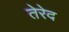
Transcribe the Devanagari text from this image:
तेरेद